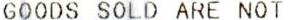
GOODS SOLD ARE NOT